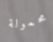
محمولة